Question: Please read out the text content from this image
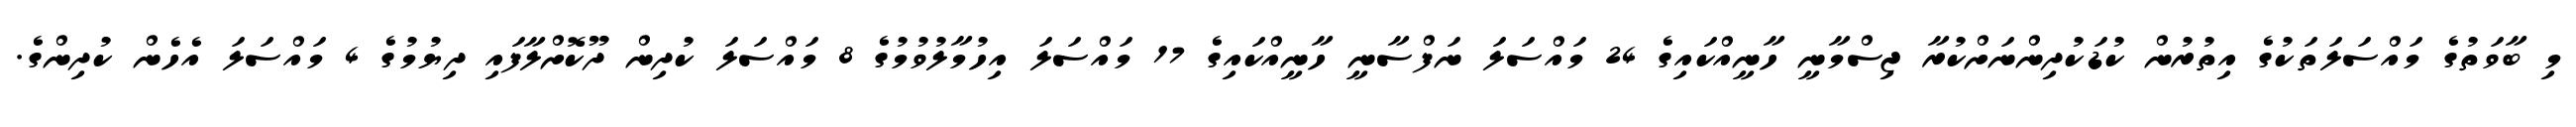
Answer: މި ބާވަތުގެ މައްސަލަތަކުގެ އިތުރުން ކުޑަކުދިންނަށްކުރާ ޖިސްމާނީ ހާނީއްކައިގެ 24 މައްސަލަ ނަފްސާނީ ހާނީއްކައިގެ 17 މައްސަލަ އިހުމާލުވުމުގެ 8 މައްސަލަ ކުދިން ދޫކޮށްލާފައި ދިޔުމުގެ 4 މައްސަލަ އެހެން ކުދިންގެ.